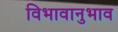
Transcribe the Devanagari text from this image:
विभावानुभाव